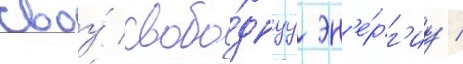
своу́ свобо́днуу эн'е́рг'иу /